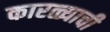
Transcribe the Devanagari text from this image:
कारळ्याची